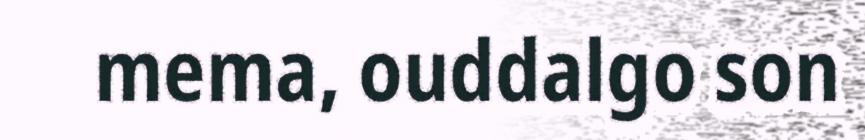
mema, ouddalgo son